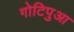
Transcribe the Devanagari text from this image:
गोटिपुआ